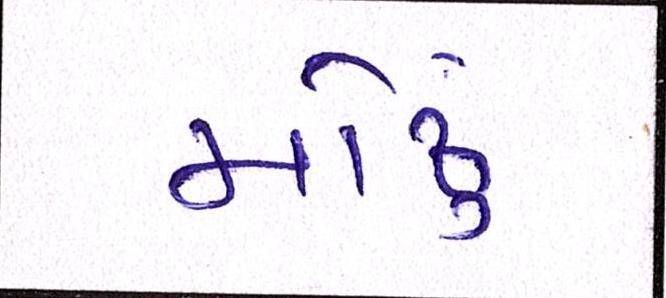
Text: મોઢું